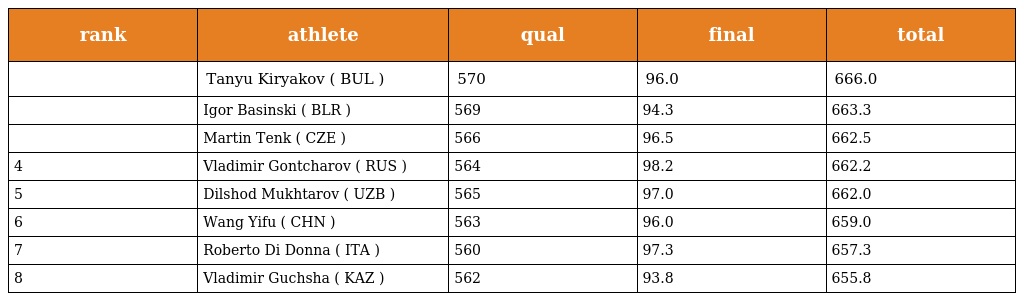
| rank | athlete | qual | final | total |
 | --- | --- | --- | --- | --- |
 |  | Tanyu Kiryakov ( BUL ) | 570 | 96.0 | 666.0 |
 |  | Igor Basinski ( BLR ) | 569 | 94.3 | 663.3 |
 |  | Martin Tenk ( CZE ) | 566 | 96.5 | 662.5 |
 | 4 | Vladimir Gontcharov ( RUS ) | 564 | 98.2 | 662.2 |
 | 5 | Dilshod Mukhtarov ( UZB ) | 565 | 97.0 | 662.0 |
 | 6 | Wang Yifu ( CHN ) | 563 | 96.0 | 659.0 |
 | 7 | Roberto Di Donna ( ITA ) | 560 | 97.3 | 657.3 |
 | 8 | Vladimir Guchsha ( KAZ ) | 562 | 93.8 | 655.8 |